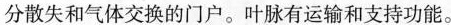
分散失和气体交换的门户。叶脉有运输和支持功能。